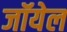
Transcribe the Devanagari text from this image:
जॉयेल